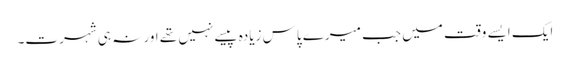
ایک ایسے وقت میں جب میرے پاس زیادہ پیسے نہیں تھے اور نہ ہی شہرت۔